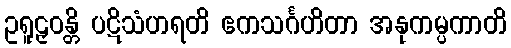
ဥရူဠှဝန္တိ ပဋိသံဟရတိ ဧကသင်္ဂဟိတာ အနုကမ္ပကာတိ